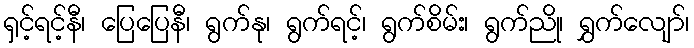
ရှင့်ရင့်နီ၊ ပြေပြေနီ၊ ရွက်နု၊ ရွက်ရင့်၊ ရွက်စိမ်း၊ ရွက်ညို၊ ရွှက်လျော်၊